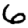
Digit: 6